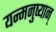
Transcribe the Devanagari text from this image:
यन्मनुष्यान्